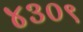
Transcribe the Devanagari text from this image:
४३०९